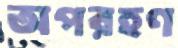
অপরহণ